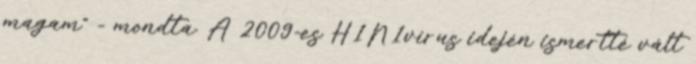
magam" - mondta. A 2009-es H1N1vírus idején ismertté vált